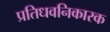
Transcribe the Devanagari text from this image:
प्रतिधवनिकारक